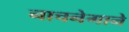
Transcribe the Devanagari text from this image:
नाचनेगाने